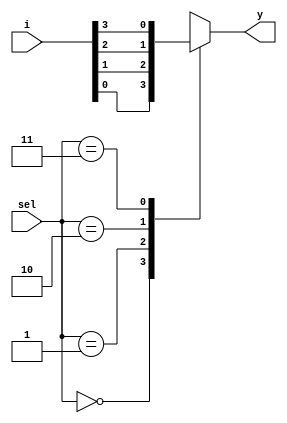
//verilog code for mux4x1 using Bhaviour level modeling.

module mux4x1_b(i,sel,y);
input[3:0]i;
input[1:0]sel;
output reg y;


always @(i,sel,y)
begin
case(sel)
    2'b00: y = i[0];
	2'b01: y = i[1];
	2'b10: y = i[2];
    2'b11: y = i[3];
	default: y = 1'bx;
endcase
end
	 

endmodule